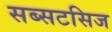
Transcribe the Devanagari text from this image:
सब्सटसिज